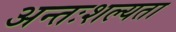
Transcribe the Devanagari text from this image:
अन्तःशल्यता